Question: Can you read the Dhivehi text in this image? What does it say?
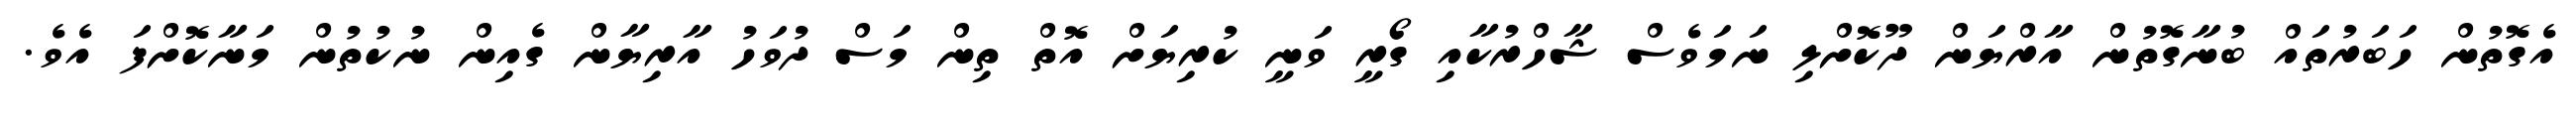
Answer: އެގޮތުން ހަބަރުތައް ބުނާގޮތުން އާރްޔަން ދޫކޮށްލި ނަމަވެސް ޝާހްރުކާއި ގޯރީ ވަނީ ކުރިޔަށް އޮތް ތިން މަސް ދުވަހު އާރިޔާން ގެއިން ނުކުތުން މަނާކޮށްފަ އެވެ.